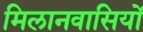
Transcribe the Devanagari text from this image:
मिलानवासियों